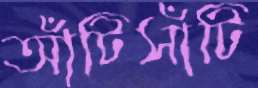
আঁটিসাঁটি